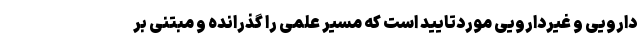
دارویی و غیردارویی موردتایید است که مسیر علمی را گذرانده و مبتنی بر